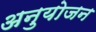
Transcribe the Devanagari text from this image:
अनुयोजन